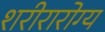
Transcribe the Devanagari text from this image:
शरीरारोग्य